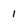
Character: I